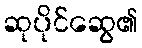
ဆုပိုင်ဆွေ၏